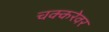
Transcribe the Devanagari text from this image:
चक्करेवर